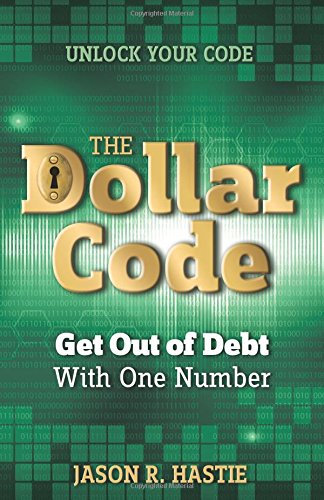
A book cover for The Dollar Code: Get Out of Debt with One Number; Jason Hastie; Business & Money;